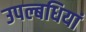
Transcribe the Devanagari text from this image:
उपल्बधियां